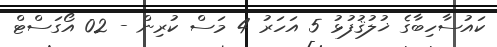
ކައުސާހިބާގެ ޚުލުޤުފުޅު 5 އަހަރު 4 މަސް ކުރިން - 02 އޯގަސްޓް